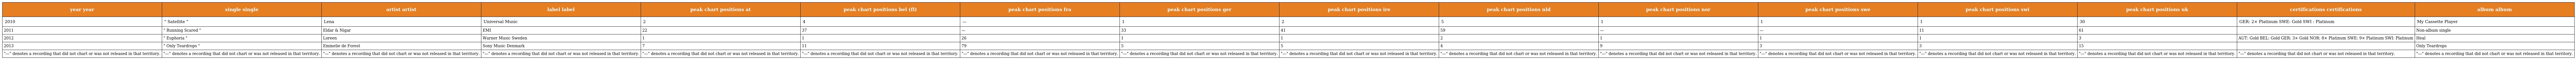
| year year | single single | artist artist | label label | peak chart positions at | peak chart positions bel (fl) | peak chart positions fra | peak chart positions ger | peak chart positions ire | peak chart positions nld | peak chart positions nor | peak chart positions swe | peak chart positions swi | peak chart positions uk | certifications certifications | album album |
 | --- | --- | --- | --- | --- | --- | --- | --- | --- | --- | --- | --- | --- | --- | --- | --- |
 | 2010 | " Satellite " | Lena | Universal Music | 2 | 4 | — | 1 | 2 | 5 | 1 | 1 | 1 | 30 | GER: 2× Platinum SWE: Gold SWI : Platinum | My Cassette Player |
 | 2011 | " Running Scared " | Eldar & Nigar | EMI | 22 | 37 | — | 33 | 41 | 59 | — | — | 11 | 61 |  | Non-album single |
 | 2012 | " Euphoria " | Loreen | Warner Music Sweden | 1 | 1 | 26 | 1 | 1 | 2 | 1 | 1 | 1 | 3 | AUT: Gold BEL: Gold GER: 3× Gold NOR: 8× Platinum SWE: 9× Platinum SWI: Platinum | Heal |
 | 2013 | " Only Teardrops " | Emmelie de Forest | Sony Music Denmark | 7 | 11 | 79 | 5 | 5 | 4 | 9 | 3 | 3 | 15 |  | Only Teardrops |
 | "—" denotes a recording that did not chart or was not released in that territory. | "—" denotes a recording that did not chart or was not released in that territory. | "—" denotes a recording that did not chart or was not released in that territory. | "—" denotes a recording that did not chart or was not released in that territory. | "—" denotes a recording that did not chart or was not released in that territory. | "—" denotes a recording that did not chart or was not released in that territory. | "—" denotes a recording that did not chart or was not released in that territory. | "—" denotes a recording that did not chart or was not released in that territory. | "—" denotes a recording that did not chart or was not released in that territory. | "—" denotes a recording that did not chart or was not released in that territory. | "—" denotes a recording that did not chart or was not released in that territory. | "—" denotes a recording that did not chart or was not released in that territory. | "—" denotes a recording that did not chart or was not released in that territory. | "—" denotes a recording that did not chart or was not released in that territory. | "—" denotes a recording that did not chart or was not released in that territory. | "—" denotes a recording that did not chart or was not released in that territory. |